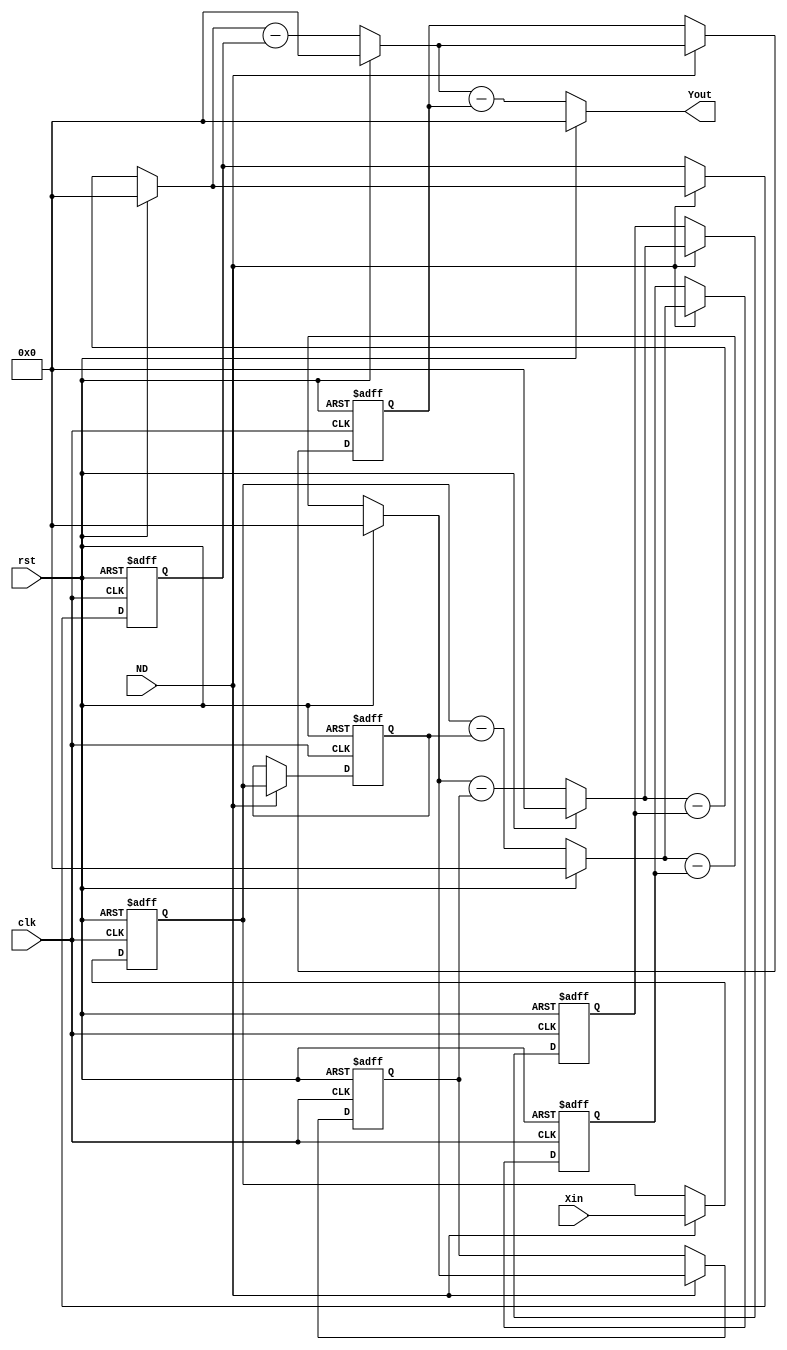
/*
	2023.12.11 
		
	Comb.v
:	Bit
	Mul_CIC
:	
	Comb
		CIC65Sigma-Delta

	231211 
*/

module Comb(
	rst,clk,ND,
	Xin,Yout
);

input 	rst;
input	clk;				//512KHz512KHz,ND1284KHz			
input	ND;					//
input	signed [43:0] Xin;	//2KHz
output	signed [43:0] Yout;	//

reg signed 	[43:0]	d1,d2,d3,d4,d5,d6,d7;
wire signed [43:0]	c1,c2,c3,c4,c5;
wire signed [43:0]	You_tem;

/* wire signed [2:0] test1,test2;
parameter tem1 = 7'd63;
parameter tem2 = -7'd64; */

//6
always@(posedge rst or posedge clk)
	if(rst)
		begin
			d1 <= 44'd0;
			d2 <= 44'd0;
			d3 <= 44'd0;
			d4 <= 44'd0;
			d5 <= 44'd0;
			d6 <= 44'd0;
			d7 <= 44'd0;
		end
	else
		begin
			if(ND)
				begin
					d1<= Xin;
					d2<= d1;
					d3<= c1;
					d4<= c2;
					d5<= c3;
					d6<= c4;
					d7<= c5;
				end
		end
//
assign c1 = (rst ? 44'd0 : (d1-d2));
//
assign c2 = (rst ? 44'd0 : (c1-d3));
//
assign c3 = (rst ? 44'd0 : (c2-d4));
//
assign c4 = (rst ? 44'd0 : (c3-d5));
//
assign c5 = (rst ? 44'd0 : (c4-d6));
//
assign You_tem = (rst ? 44'd0 : (c5-d7));

assign Yout = You_tem;	

/* assign test1 = 4 + tem1 ;	
assign test2 = test1 + tem2; */

endmodule